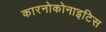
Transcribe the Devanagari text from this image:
कारनोकोनाइटिस